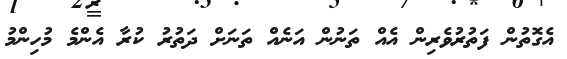
އެގޮތުން ފަތުރުވެރިން އެއް ތަނުން އަނެއް ތަނަށް ދަތުރު ކުރާ އެންމެ މުހިންމު